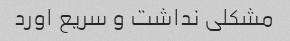
مشکلی نداشت و سریع اورد